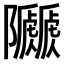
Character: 𨽯